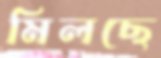
মিলছে